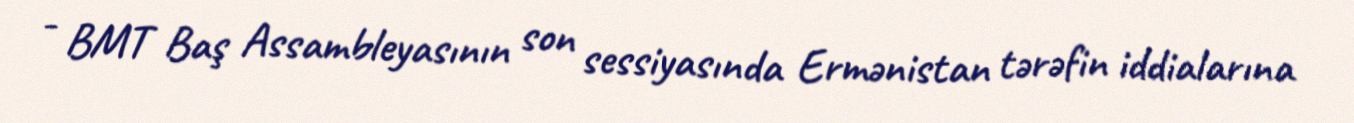
- BMT Baş Assambleyasının son sessiyasında Ermənistan tərəfin iddialarına